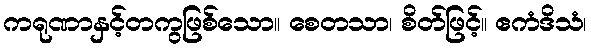
ကရုဏာနှင့်တကွဖြစ်သော။ စေတသာ၊ စိတ်ဖြင့်။ ဧကံဒိသံ၊